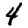
Digit: 4